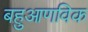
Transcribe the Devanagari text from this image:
बहुआणविक